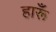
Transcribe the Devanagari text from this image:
हारूँ